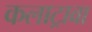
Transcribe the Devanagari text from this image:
कलाट्रावा